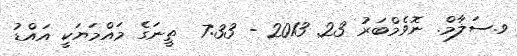
ވ.ސަލާމް. ނޮވެމްބަރު 23